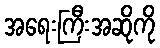
အရေးကြီးအဆိုကို